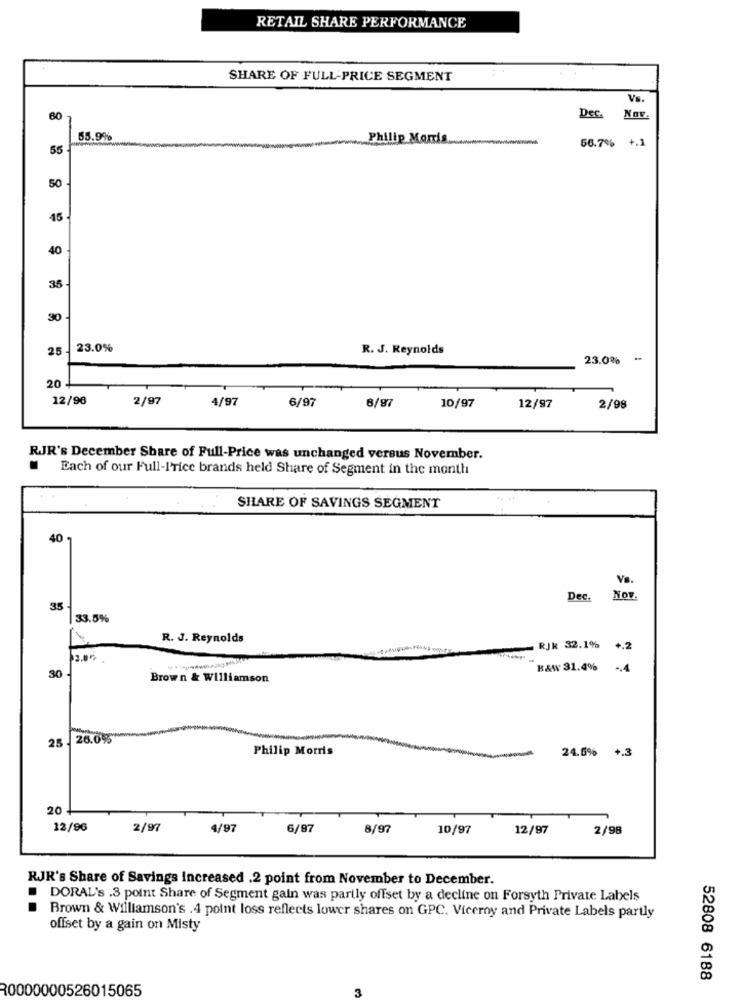
RETAIL SHARE PERFORMANCE
SHARE OF FULL-PRICE SEGMENT
Vs.
60
Dec. Nov.
55.9%
Philip Morris.
55
56.7% +.1
50
15
40
35
30
25 -
23.0%
R. J. Reynolds
23.0% **
20
12/96
2/97
4/97
6/97
6/97
10/97
12/97
2/98
RJR's December Share of Full-Price was unchanged versus November.
Each of our Full-I'rice brands held Share of Segment in the month
SHARE OF SAVINGS SEGMENT
40
VS.
Dec.
Nov.
35
33.5%
R. J. Reynolds
RJK 32.1% +.2
B&W 31.4%
-4
30
Brown & Williamson
25
26.0%
Philip Morris
24.0% +.3
20
12/96
2/97
4/97
6/97
8/97
10/97
12/97
2/98
RJR's Share of Savings Increased .2 point from November to December.
DORAL's .3 point Share of Segment gain was partly offset by a decline on Forsyth Private Labels
Brown & Williamson's .4 point loss reflects lower shares on GPC. Viceroy and Private Labels partly
offset by a gain on Misty
52808 6188
30000000526015065